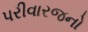
પરીવારજનો